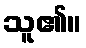
သူ၏။